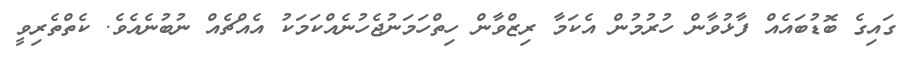
ގައިގެ ބޮޑުބައެއް ފާޅުވާން ހުރުމުން އެކަމާ ރިޒްވާން ހިތްހަމަނުޖެހުނެއްކަމަކު އެއްޗެއް ނުބުނެއެވެ. ކެތްތެރިވީ